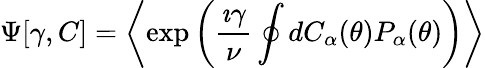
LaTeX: \Psi[\gamma,C]=\left\langle\exp\left(\frac{\imath\gamma}{\nu}\oint dC_{\alpha}(\theta)P_{\alpha}(\theta)\right)\right\rangle